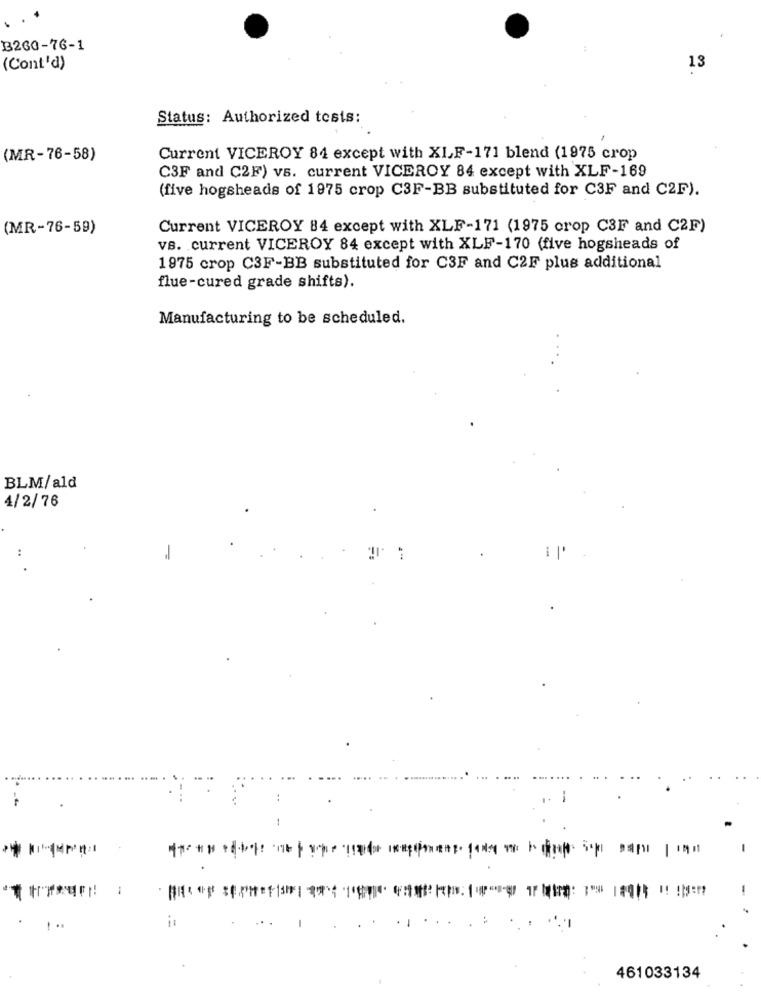
B260-76-1
(Cont'd)
13
Status: Authorized tosis:
(MR-76-58)
Current VICEROY 84 except with XIF-171 blend (1975 crop
C3F and C2F) vs. current VICEROY 84 except with XLF-169
(five hogsheads of 1975 crop C3F-BB substituted for C3F and C2F).
(MR-76-59)
Current VICEROY 84 except with XLF-171 (1975 crop C3F and C2F)
vs. current VICEROY 84 except with XLF-170 (five hogsheads of
1975 crop C3F-BB substituted for C3F and C2F plus additional
flue-cured grade shifts).
Manufacturing to be scheduled.
BLM/ald
4/2/76
:
-
-
-
461033134